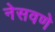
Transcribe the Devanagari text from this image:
नेसवणे